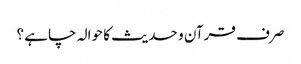
صرف قرآن و حدیث کا حوالہ چاہے ؟